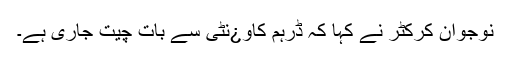
نوجوان کرکٹر نے کہا کہ ڈرہم کاو¿نٹی سے بات چیت جاری ہے۔